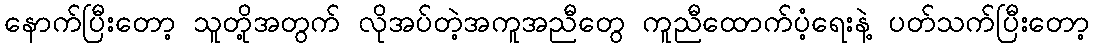
နောက်ပြီးတော့ သူတို့အတွက် လိုအပ်တဲ့အကူအညီတွေ ကူညီထောက်ပံ့ရေးနဲ့ ပတ်သက်ပြီးတော့